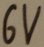
Text: 6V